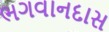
ભગવાનદાસ